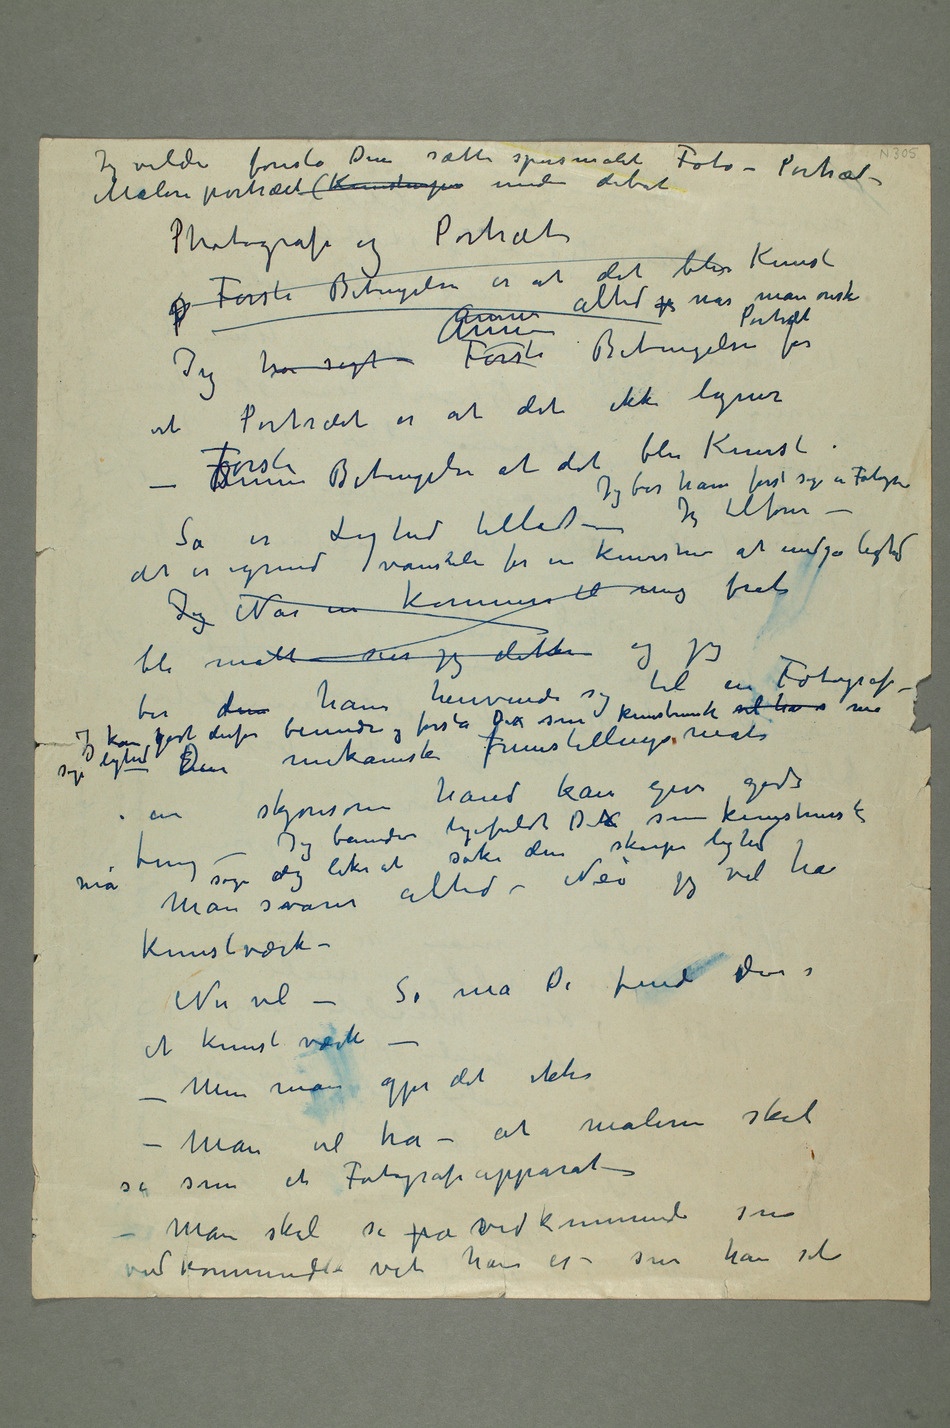
Jeg vilde foreslå Dem sætte spørsmålet Foto – Portræt –
Maleriportræt (Kunst under debat
Photografi og Portræt
Første Betingelsen er at det blir Kunst
altid p når man ønsker
har sagt – Første Annen Annen Betingelse for
et Portræt er at det ikke ligner –
Så er Lighed tilladt – Jeg ber ham først søge en Fotograf
– det er igrunden vanskeli for en Kunstner at undgå lighed
Jeg Når en kommer til mig forat
ber dem ham henvende sig til en Fotograf – Jeg kan
kgodt derfor beundre og forstå Dix som kunstnerisk vil ha s må søge
i en skjønsom hånd kan give gode ting
– Jeg beundrer ligefuldt Dix som kunstnerisk
altid – Nei jeg vil ha
kunstværk –
Nu vel – Så må De finde dem i
et kunstværk – –
Men man gjør det ikke –
Man vil ha – at maleren skal
se som et Fotografiapparat –
– Man skal se på svedkommende som
vedkommende vet han er – som han selv